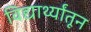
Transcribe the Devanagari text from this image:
विद्यार्थ्यांतून